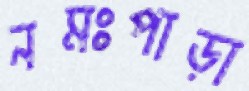
নমঃপাড়া